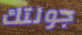
جولتك